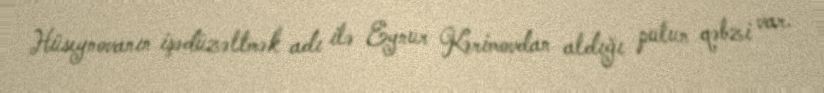
Hüseynovanın işədüzəltmək adı ilə Eynur Kərimovdan aldığı pulun qəbzi var.